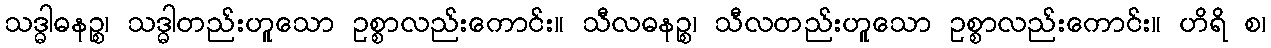
သဒ္ဓါဓနဉ္စ၊ သဒ္ဓါတည်းဟူသော ဥစ္စာလည်းကောင်း။ သီလဓနဉ္စ၊ သီလတည်းဟူသော ဥစ္စာလည်းကောင်း။ ဟိရိ စ၊